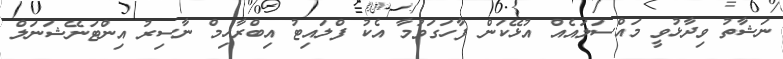
ނަޝާތު ވިދާޅުވީ މައްސަލައެއް އުޅޭކަން ފާހަގަވުމާ އެކު ފްލައިޓު އިބްރާހިމް ނާސިރު އިންޓަނޭޝަނަލް